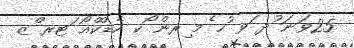
25ވަނަ ުދ ަވ ުހ ެމ ިރން ޯކ ހެޑްކްއޯ ަޓރ ްޒ